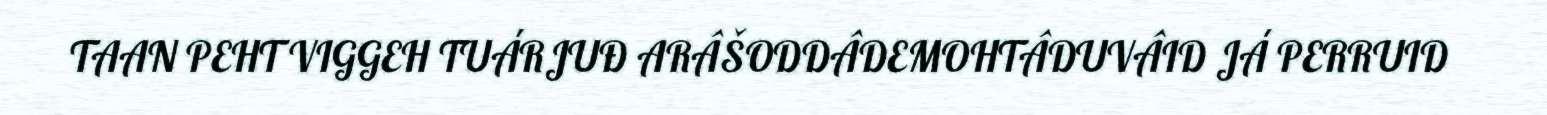
TAAN PEHT VIGGEH TUÁRJUĐ ARÂŠODDÂDEMOHTÂDUVÂID JÁ PERRUID